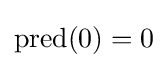
\operatorname {pred} (0)=0